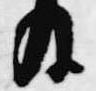
及